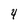
Character: 4